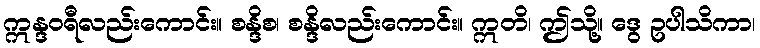
ဣန္ဒဝရီလည်းကောင်း။ စန္ဒိစ၊ စန္ဒိလည်းကောင်း။ ဣတိ၊ ဤသို့။ ဒွေ ဥပါသိကာ၊